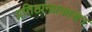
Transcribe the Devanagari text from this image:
प्रतिष्ठानप्रकाशन